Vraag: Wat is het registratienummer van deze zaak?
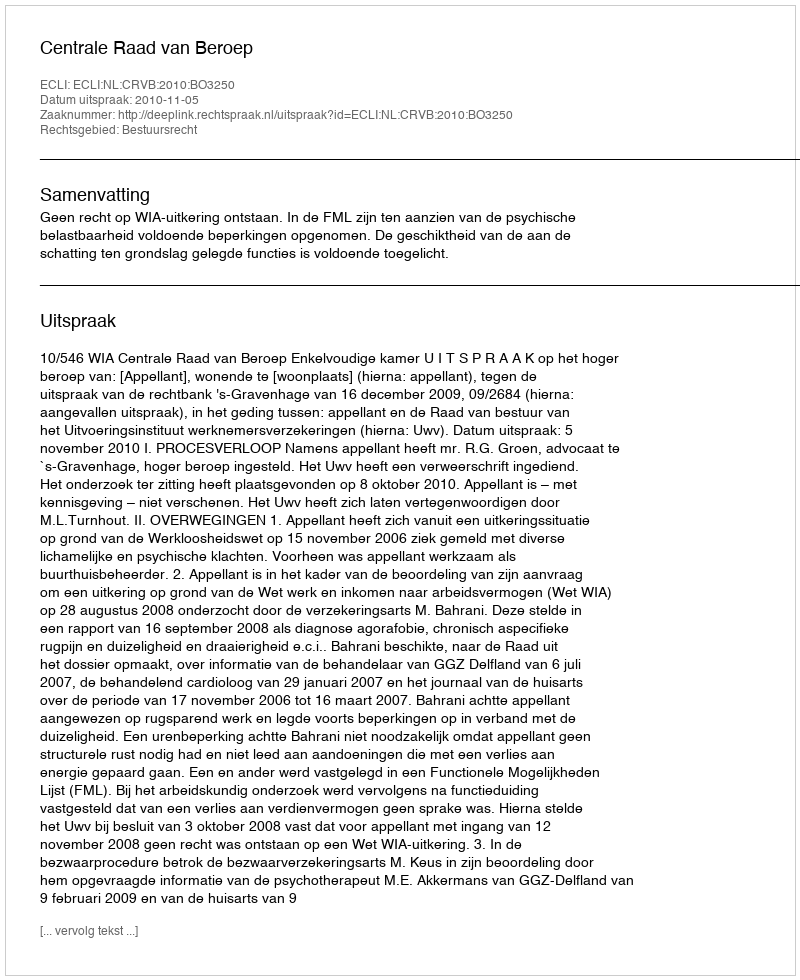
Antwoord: http://deeplink.rechtspraak.nl/uitspraak?id=ECLI:NL:CRVB:2010:BO3250